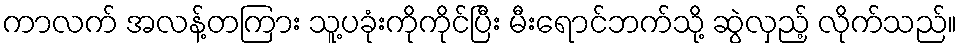
ကာလက် အလန့်တကြား သူ့ပခုံးကိုကိုင်ပြီး မီးရောင်ဘက်သို့ ဆွဲလှည့် လိုက်သည်။